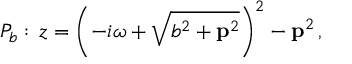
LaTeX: { \cal P } _ { b } : \, z = \left( - i \omega + \sqrt { b ^ { 2 } + { \bf p } ^ { 2 } } \right) ^ { 2 } - { \bf p } ^ { 2 } \, ,